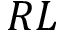
R L